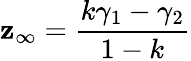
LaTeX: \mathbf{z}_{\infty}={\frac{{k\gamma_{1}-\gamma_{2}}}{{1-k}}}